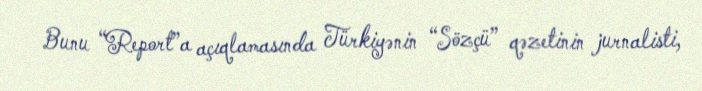
Bunu “Report”a açıqlamasında Türkiyənin “Sözçü” qəzetinin jurnalisti,